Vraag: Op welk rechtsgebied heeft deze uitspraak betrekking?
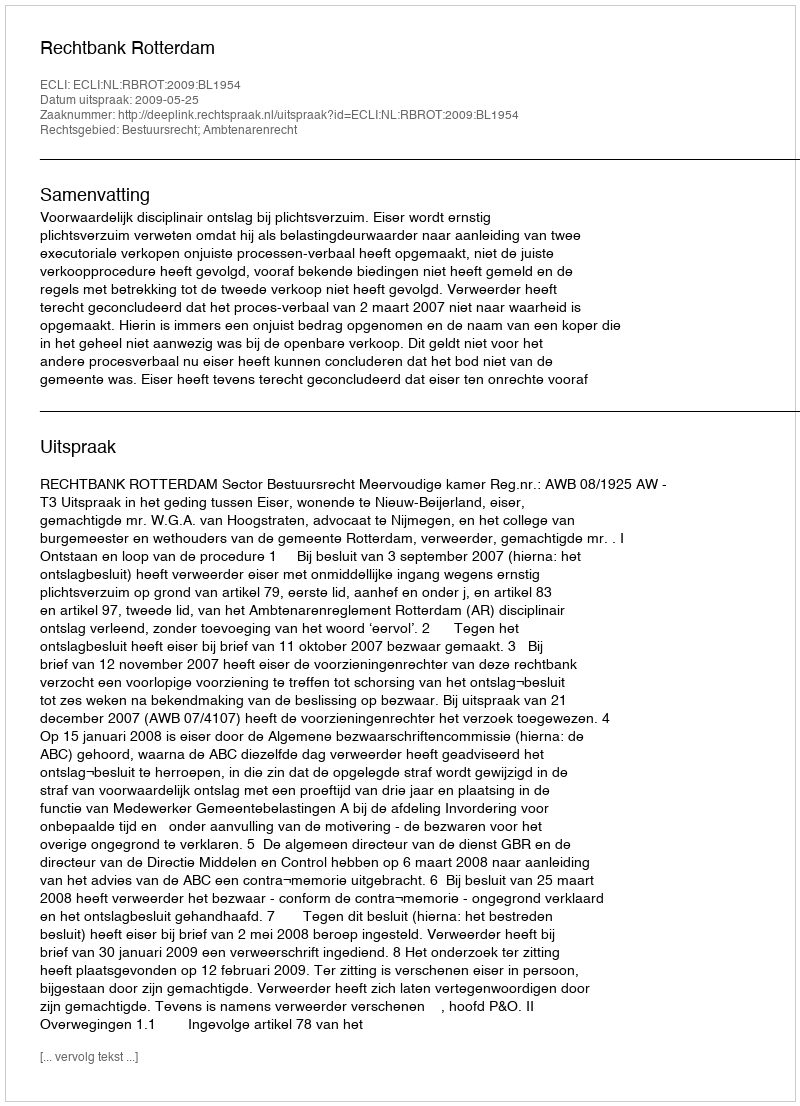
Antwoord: Bestuursrecht; Ambtenarenrecht